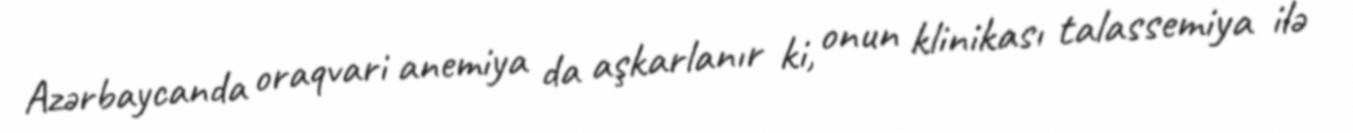
Azərbaycanda oraqvari anemiya da aşkarlanır ki, onun klinikası talassemiya ilə